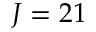
J = 2 1